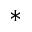
^ *